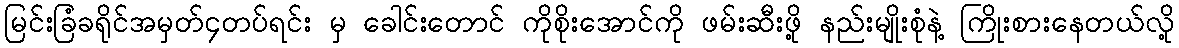
မြင်းခြံခရိုင်အမှတ်၄တပ်ရင်း မှ ခေါင်းတောင် ကိုစိုးအောင်ကို ဖမ်းဆီးဖို့ နည်းမျိုးစုံနဲ့ ကြိုးစားနေတယ်လို့